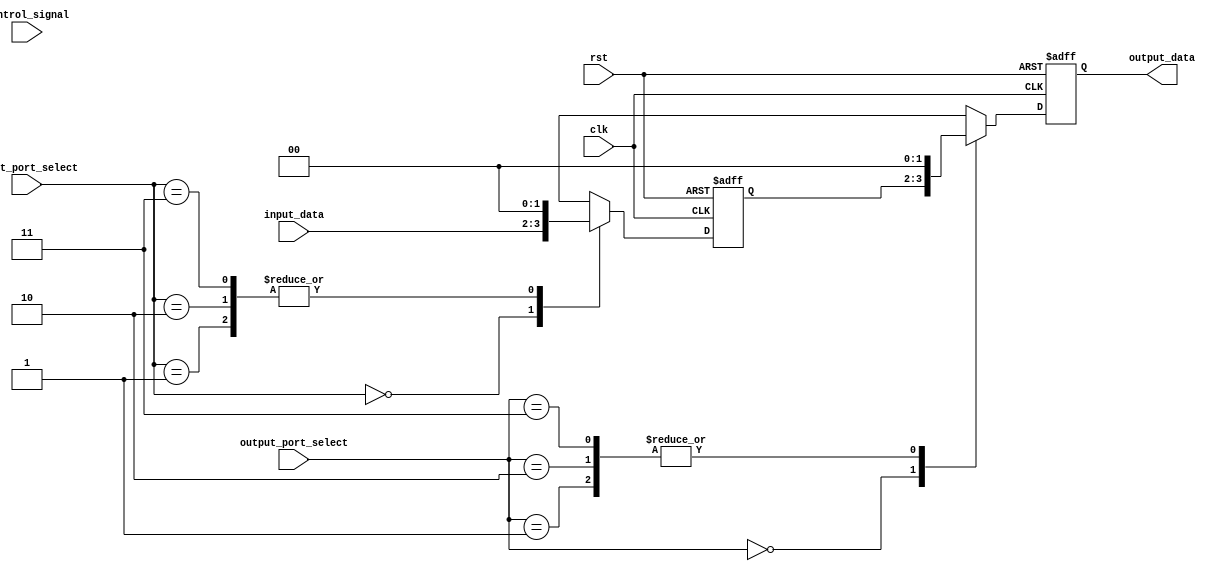
module IO_Block(
    input wire clk,
    input wire rst,
    input wire control_signal,
    input wire [1:0] input_port_select,
    input wire [1:0] output_port_select,
    input wire [1:0] input_data,
    output reg [1:0] output_data
);

reg [1:0] input_muxed_data;
reg [1:0] output_muxed_data;

always @(posedge clk or posedge rst) begin
    if(rst) begin
        input_muxed_data <= 2'b00;
        output_muxed_data <= 2'b00;
        output_data <= 2'b00;
    end else begin
        case(input_port_select)
            2'b00: input_muxed_data <= input_data;
            2'b01: input_muxed_data <= 2'b00; // Add your custom logic here based on input port selection
            2'b10: input_muxed_data <= 2'b00; // Add your custom logic here based on input port selection
            2'b11: input_muxed_data <= 2'b00; // Add your custom logic here based on input port selection
        endcase
        
        case(output_port_select)
            2'b00: output_data <= input_muxed_data;
            2'b01: output_data <= 2'b00; // Add your custom logic here based on output port selection
            2'b10: output_data <= 2'b00; // Add your custom logic here based on output port selection
            2'b11: output_data <= 2'b00; // Add your custom logic here based on output port selection
        endcase
    end
end

endmodule